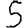
Digit: 5